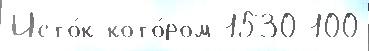
Исто́к кото́ром 1530 100